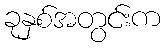
ခုနှစ်အတွင်းက